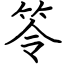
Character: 笭